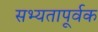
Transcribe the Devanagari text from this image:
सभ्यतापूर्वक